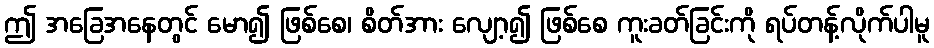
ဤ အခြေအနေတွင် မော၍ ဖြစ်စေ၊ စိတ်အား လျော့၍ ဖြစ်စေ ကူးခတ်ခြင်းကို ရပ်တန့်လိုက်ပါမူ